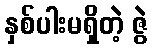
နှစ်ပါးမရှိတဲ့ ဇွဲ